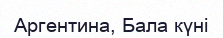
Аргентина, Бала күні